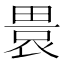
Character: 𤲡